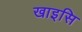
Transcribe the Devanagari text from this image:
खाइसि